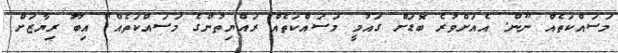
މަސައްކަތެއް ނޫން. އެއަށްވުރެ ބޮޑަށް ގައުމީ މަސައްކަތެއް ރައްޔިތުންގެ މަސައްކަތެއް" އިބޫ ރިޔާޒަށް